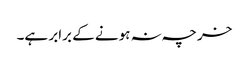
خرچہ نہ ہونے کے برابر ہے۔